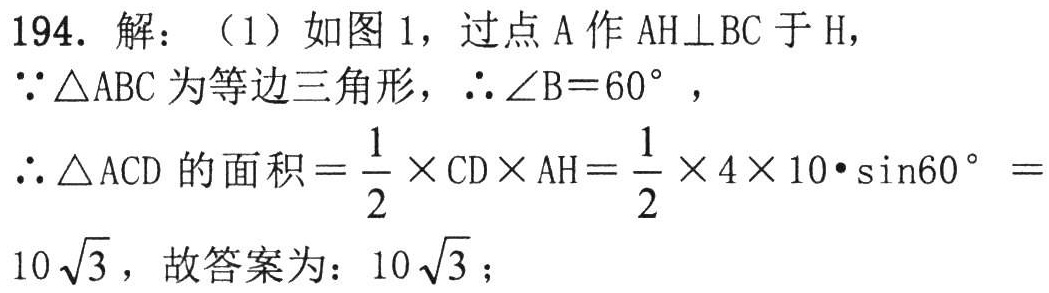
194. 解：（1）如图 1，过点 A 作 \(AH\perp BC\) 于 H，

\(\because\triangle ABC\) 为等边三角形，\(\therefore\angle B = 60^{\circ}\)，

\(\therefore\triangle ACD\) 的面积 \(=\frac{1}{2}\times CD\times AH=\frac{1}{2}\times 4\times 10\cdot\sin60^{\circ}=\)

\(10\sqrt{3}\)，故答案为：\(10\sqrt{3}\)；